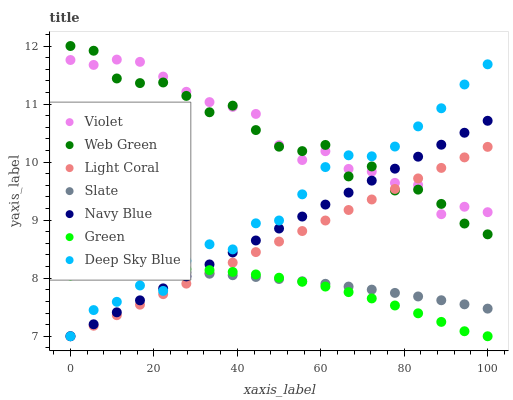
| xaxis_label | Violet | Web Green | Light Coral | Slate | Navy Blue | Green | Deep Sky Blue |
 | --- | --- | --- | --- | --- | --- | --- | --- |
 | 0 | 11.8 | 12 | 7 | 8.14 | 7 | 8.05 | 7 |
 | 5.56 | 11.7 | 11.9 | 7.18 | 8.14 | 7.21 | 8.1 | 7.45 |
 | 11.1 | 11.8 | 11.4 | 7.36 | 8.14 | 7.41 | 8.13 | 7.59 |
 | 16.7 | 11.7 | 11.4 | 7.54 | 8.13 | 7.62 | 8.15 | 7.87 |
 | 22.2 | 11.5 | 11.4 | 7.73 | 8.12 | 7.82 | 8.16 | 7.78 |
 | 27.8 | 11.2 | 11.1 | 7.91 | 8.1 | 8.03 | 8.16 | 8.3 |
 | 33.3 | 11 | 10.9 | 8.09 | 8.08 | 8.24 | 8.14 | 8.58 |
 | 38.9 | 11 | 11 | 8.27 | 8.05 | 8.44 | 8.11 | 8.5 |
 | 44.4 | 10.8 | 10.6 | 8.45 | 8.02 | 8.65 | 8.06 | 8.95 |
 | 50 | 10.3 | 10.3 | 8.63 | 7.99 | 8.86 | 8.01 | 8.99 |
 | 55.6 | 10 | 10.2 | 8.81 | 7.95 | 9.06 | 7.94 | 9.44 |
 | 61.1 | 10.2 | 10.3 | 8.99 | 7.9 | 9.27 | 7.86 | 9.91 |
 | 66.7 | 9.88 | 9.75 | 9.18 | 7.86 | 9.47 | 7.76 | 10.1 |
 | 72.2 | 9.84 | 9.93 | 9.36 | 7.8 | 9.68 | 7.65 | 10.1 |
 | 77.8 | 9.64 | 9.51 | 9.54 | 7.75 | 9.89 | 7.53 | 10.3 |
 | 83.3 | 9.61 | 9.53 | 9.72 | 7.69 | 10.1 | 7.4 | 10.6 |
 | 88.9 | 9.1 | 9.28 | 9.9 | 7.62 | 10.3 | 7.25 | 10.9 |
 | 94.4 | 9.23 | 8.94 | 10.1 | 7.55 | 10.5 | 7.09 | 11.3 |
 | 100 | 9.14 | 8.76 | 10.3 | 7.48 | 10.7 | 7 | 11.7 |